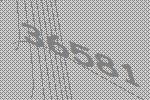
36581